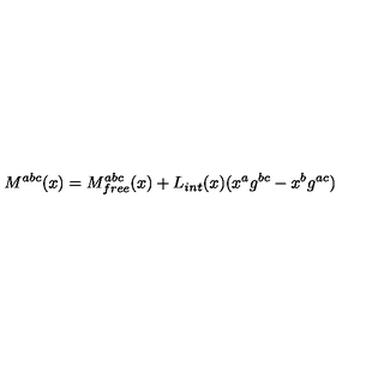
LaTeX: M ^ { a b c } ( x ) = M _ { f r e e } ^ { a b c } ( x ) + L _ { i n t } ( x ) ( x ^ { a } g ^ { b c } - x ^ { b } g ^ { a c } )